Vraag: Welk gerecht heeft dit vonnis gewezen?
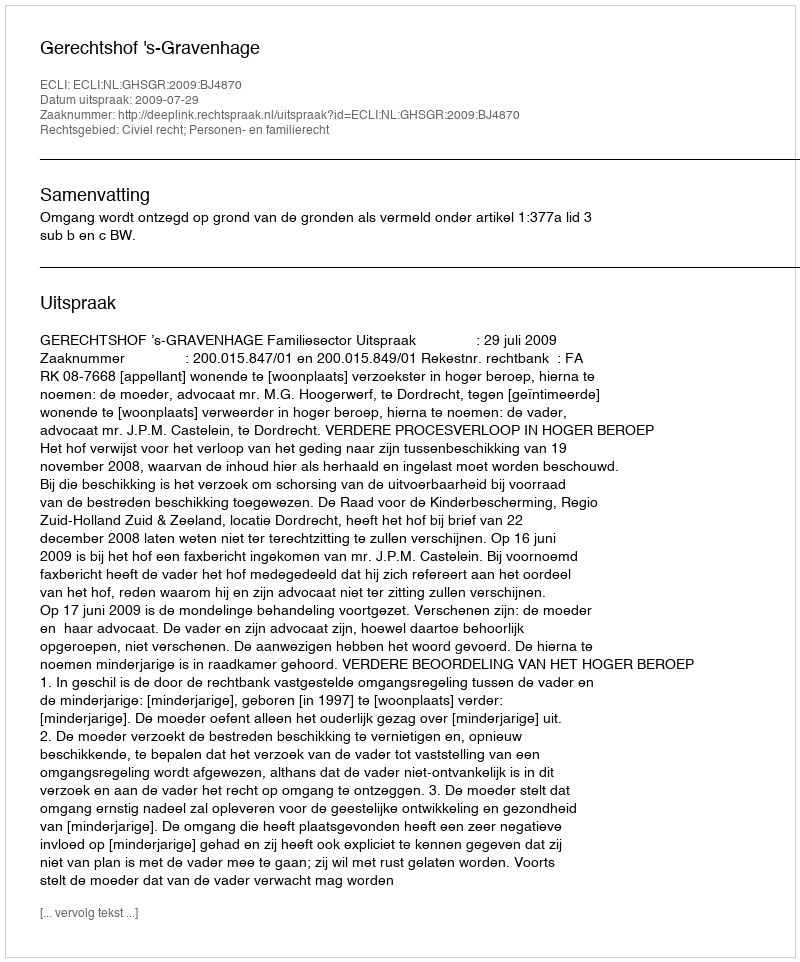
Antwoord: Gerechtshof 's-Gravenhage